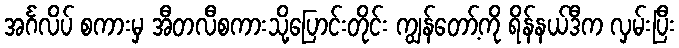
အင်္ဂလိပ် စကားမှ အီတလီစကားသို့ပြောင်းတိုင်း ကျွန်တော့်ကို ရိန်နယ်ဒီက လှမ်းပြီး